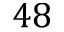
4 8